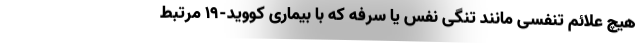
هیچ علائم تنفسی مانند تنگی نفس یا سرفه که با بیماری کووید-۱۹ مرتبط